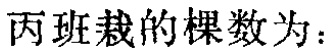
丙班栽的棵数为：